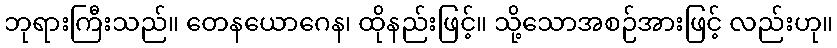
ဘုရားကြီးသည်။ တေနယောဂေန၊ ထိုနည်းဖြင့်။ သို့သောအစဉ်အားဖြင့် လည်းဟု။